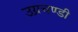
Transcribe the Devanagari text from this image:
उग्रचण्डी